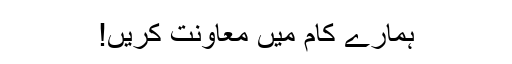
ہمارے کام میں معاونت کریں!